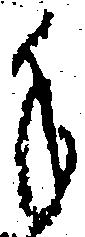
手